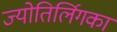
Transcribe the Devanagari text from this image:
ज्योतिर्लिगका